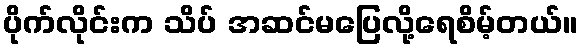
ပိုက်လိုင်းက သိပ် အဆင်မပြေလို့ရေစိမ့်တယ်။